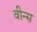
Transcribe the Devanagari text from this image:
वीन्स